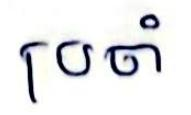
ប្រចាំ